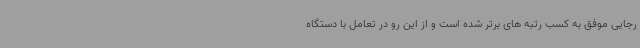
رجایی موفق به کسب رتبه های برتر شده است و از این رو در تعامل با دستگاه